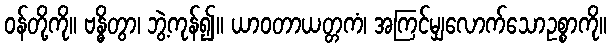
ဝန်တို့ကို။ ဗန္ဓိတွာ၊ ဘွဲ့ကုန်၍။ ယာဝတာယတ္တကံ၊ အကြင်မျှလောက်သောဥစ္စာကို။